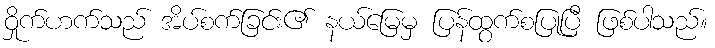
ဝှိုက်ဟက်သည် အိပ်စက်ခြင်း၏ နယ်မြေမှ ပြန်ထွက်စပြုပြီ ဖြစ်ပါသည်။